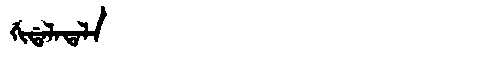
Manchu: ᡤᡳᡩᠠᠯᠠᡨᠠᠯᠠ
Romanization: GIDALATALA